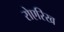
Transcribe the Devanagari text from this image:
रोएरिख